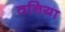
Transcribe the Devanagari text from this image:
तनिया